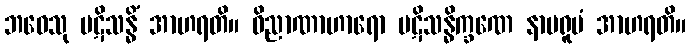
ဘဝေသု ပဋိသန္ဓိံ အာဟရတိ။ ဝိညာဏာဟာရော ပဋိသန္ဓိက္ခဏေ နာမရူပံ အာဟရတိ။